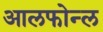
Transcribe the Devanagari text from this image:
आलफोन्ल